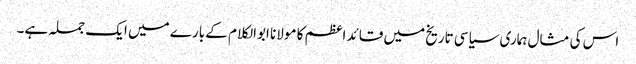
اس کی مثال ہماری سیاسی تاریخ میں قائد اعظم کا مولانا ابوالکلام کے بارے میں ایک جملہ ہے۔